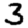
Digit: 3